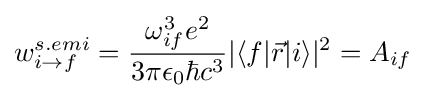
w_{i\rightarrow f}^{s.emi}={\frac {\omega _{if}^{3}e^{2}}{3\pi \epsilon _{0}\hbar c^{3}}}|\langle f|{\vec {r}}|i\rangle |^{2}=A_{if}